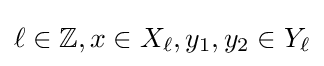
\ell \in \mathbb {Z} ,x\in X_{\ell },y_{1},y_{2}\in Y_{\ell }